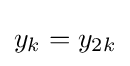
\textstyle y_{k}=y_{2k}